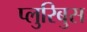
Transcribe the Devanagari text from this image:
प्लुरिबुस